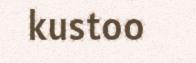
kustoo